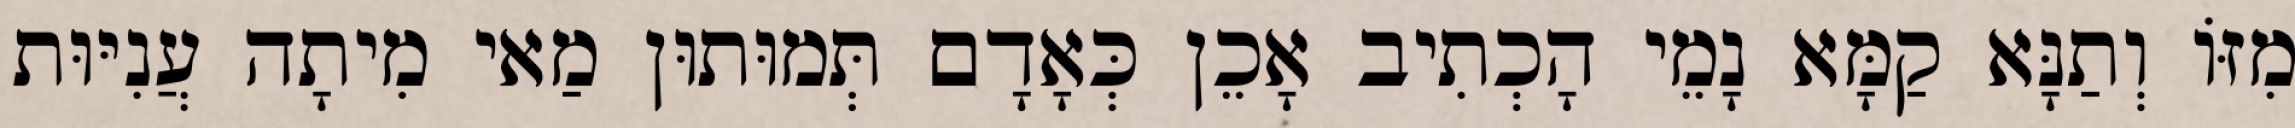
מִזּוֹ וְתַנָּא קַמָּא נָמֵי הָכְתִיב אָכֵן כְּאָדָם תְּמוּתוּן מַאי מִיתָה עֲנִיּוּת